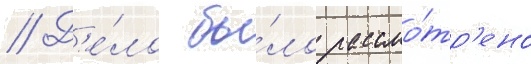
// Д'е́ло бы́ло рассмо́тр'ено